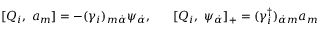
[ Q _ { i } , \; a _ { m } ] = - ( \gamma _ { i } ) _ { m \dot { \alpha } } \psi _ { \dot { \alpha } } , \; \; \; \; \; \; [ Q _ { i } , \; \psi _ { \dot { \alpha } } ] _ { + } = ( \gamma _ { i } ^ { \dagger } ) _ { \dot { \alpha } m } a _ { m }